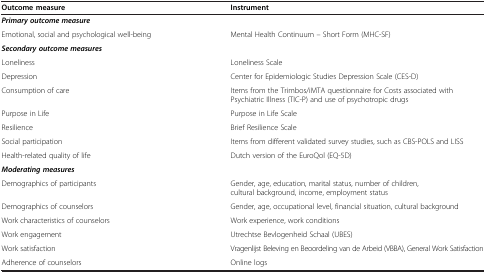
| Outcome measure | Instrument |
 | --- | --- |
 | <COLSPAN=2> Primary outcome measure |
 | Emotional, social and psychological well-being | Mental Health Continuum – Short Form (MHC-SF) |
 | <COLSPAN=2> Secondary outcome measures |
 | Loneliness | Loneliness Scale |
 | Depression | Center for Epidemiologic Studies Depression Scale (CES-D) |
 | Consumption of care | Items from the Trimbos/iMTA questionnaire for Costs associated with Psychiatric Illness (TIC-P) and use of psychotropic drugs |
 | Purpose in Life | Purpose in Life Scale |
 | Resilience | Brief Resilience Scale |
 | Social participation | Items from different validated survey studies, such as CBS-POLS and LISS |
 | Health-related quality of life | Dutch version of the EuroQol (EQ-5D) |
 | <COLSPAN=2> Moderating measures |
 | Demographics of participants | Gender, age, education, marital status, number of children, cultural background, income, employment status |
 | Demographics of counselors | Gender, age, occupational level, financial situation, cultural background |
 | Work characteristics of counselors | Work experience, work conditions |
 | Work engagement | Utrechtse Bevlogenheid Schaal (UBES) |
 | Work satisfaction | Vragenlijst Beleving en Beoordeling van de Arbeid (VBBA), General Work Satisfaction |
 | Adherence of counselors | Online logs |